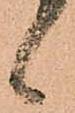
候